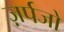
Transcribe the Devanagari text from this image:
ज़र्पजो